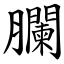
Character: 䑌